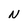
Character: N